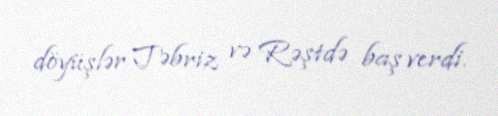
döyüşlər Təbriz və Rəştdə baş verdi.